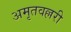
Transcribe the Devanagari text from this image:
अमृतवल्लरी